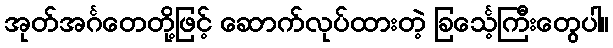
အုတ်အင်္ဂတေတို့ဖြင့် ဆောက်လုပ်ထားတဲ့ ခြင်္သေ့ကြီးတွေပါ။